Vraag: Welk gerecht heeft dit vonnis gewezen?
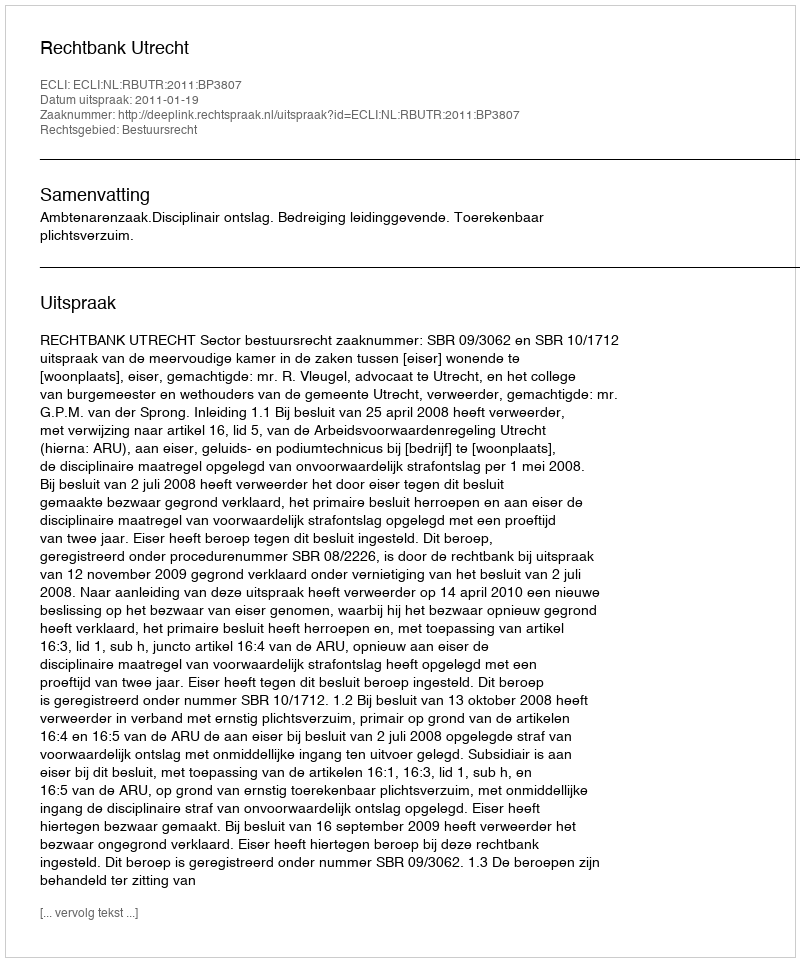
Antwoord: Rechtbank Utrecht